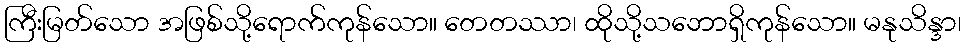
ကြီးမြတ်သော အဖြစ်သို့ရောက်ကုန်သော။ တေတဿာ၊ ထိုသို့သဘောရှိကုန်သော။ မနုသိန္ဒာ၊